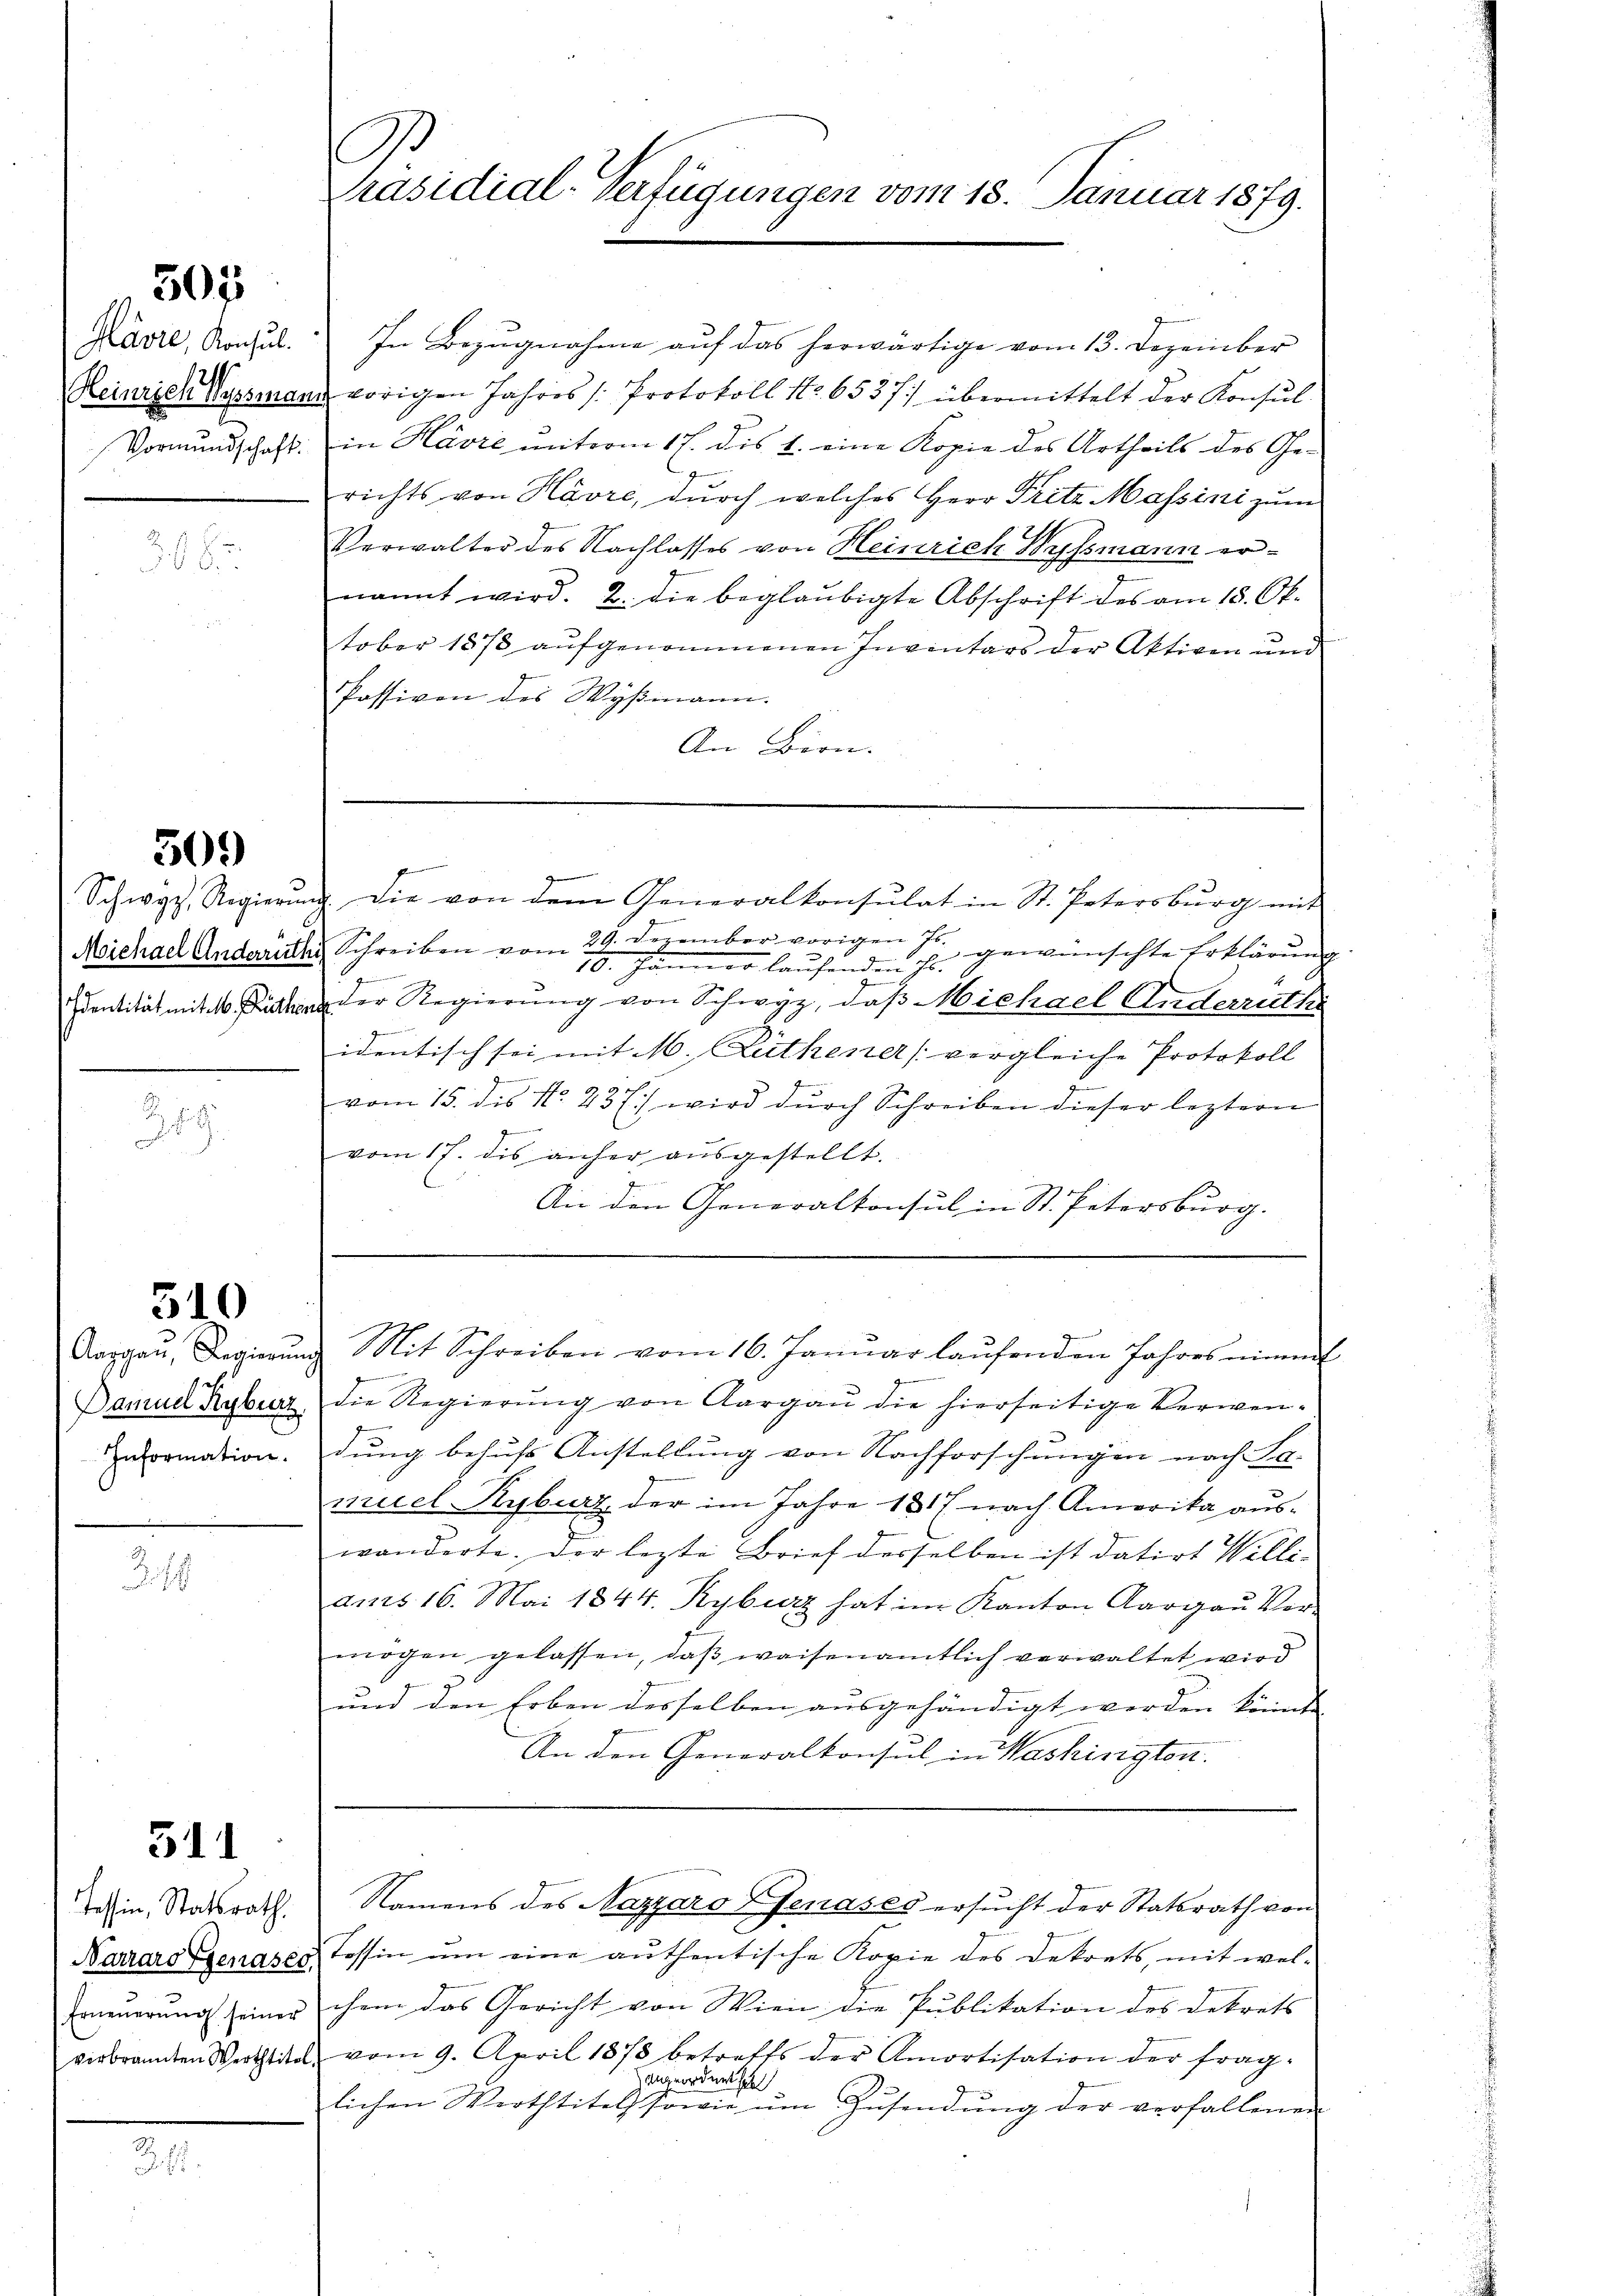
307

Havre, Konsul.

1
3 S. 2

509)

Schwyz, Regierung
Michael Anderrütt
Identität mit 1. Rich

2
1

510

Damuel Rybiaz
Information.

218

511

Tessin, Statsrath.
Narraro Ggenase
Erneuerung seiner
verbrannten Werttite

36.

A.
Präsidial-Verfügungen vom 18. Januar 1879.

In Bezugnahme auf das herwärtige vom 13. Dezember
Reinigen Wyssmann vorigen Jahres /: Protokoll No 6537/ übermittelt der Konsul
Vormundschaft: in Havre miterm 17. dis 1. eine Kopie des Urtheils des Gerichts von Havre, durch welches Herr Pritz Massini zum
Verwalter des Nachlasses von Heinrich Wyssmann ernannt wird. 2. die beglaubigte Abschrift des am 18. Ok-
tober 1878 aufgenommenen Inventars der Aktiven und
Passiven des Wyßmann.
An Bern.
s
c die von dem Generalkonsulat in St. Petersburg mit
u Schreiben vom 29. Dezember vorigen Hs.
gewünschte Erklärung
3
19. Jänner laufenden Hs.
n
oder Regierung von Schwyz, daß Michael Anderrüthi
Gemein
identisch sei mit M. Luthener vergleiche Protokoll

vom 15. des No. 23 f.) wird dŭrch Schreiben dieser leztern
vom 17. dis anher aŭsgestellt.
J
An den Generalkonsul in St. Petersburg.
.
Aargaŭ, Regierŭng Mit Schreiben vom 16. Janŭar laŭfenden Jahres nimmt
die Regierung von Aargau die hierseitige Verwendung behufs Anstellung von Nachforschungen nach Sa-
muel Kyburt der im Jahre 1817 nach Amerika auswanderte. Der lezte Brief desselben ist datirt Willi-
ams 16. Mai 1844. Kyburz hat im Kanton Aargaŭ Ver-
mögen gelassen, daß weisenamtlich verwaltet wird
und den Erben desselben ausgehändigt werden könnte,
An den Generalkonsul in Washinigten.
Namens des Nazzaro Zenases ersucht der Statsrath von
Stossin um eine authentische Kopie des Dekrets, mit wel-
chem das Gericht von Wien die Publikation des Dekrets
 vom 9. April 1878 betreffs der Amortisation der frag-
zugeordnet sich
lichen Werttitels sowie ŭm Zŭsendŭng der verfallenen